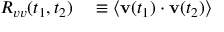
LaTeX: \begin{array} { r l } { R _ { v v } ( t _ { 1 } , t _ { 2 } ) } & { { } \equiv \langle \mathbf { v } ( t _ { 1 } ) \cdot \mathbf { v } ( t _ { 2 } ) \rangle } \end{array}